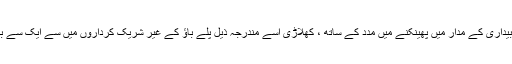
کسی چیز کو حقائق بیداری کے مدار میں پھینکنے میں مدد کے ساتھ ، کھلاڑی اسے مندرجہ ذیل پلے باؤ کے غیر شریک کرداروں میں سے ایک سے بازیافت کرسکتا ہے۔